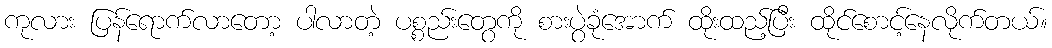
ကုလား ပြန်ရောက်လာတော့ ပါလာတဲ့ ပစ္စည်းတွေကို စားပွဲခုံအောက် ထိုးထည့်ပြီး ထိုင်စောင့်နေလိုက်တယ်။